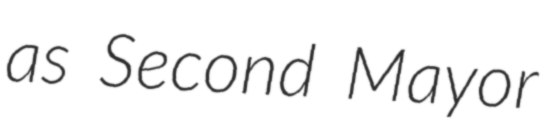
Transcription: as Second Mayor